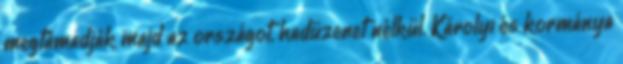
megtámadják majd az országot, hadüzenet nélkül. Károlyi és kormánya